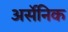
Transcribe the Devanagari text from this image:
अर्सेनिक